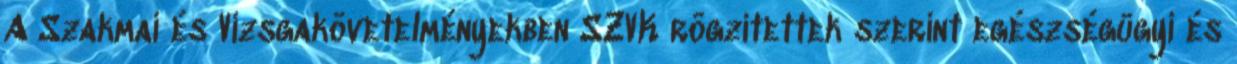
A Szakmai és Vizsgakövetelményekben SZVK rögzítettek szerint egészségügyi és